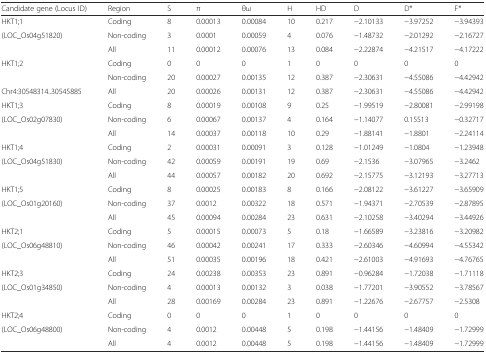
<table><thead><tr><td><b>Candidate gene (Locus ID)</b></td><td><b>Region</b></td><td><b>S</b></td><td><b>π</b></td><td><b>θω</b></td><td><b>H</b></td><td><b>HD</b></td><td><b>D</b></td><td><b>D*</b></td><td><b>F*</b></td></tr></thead><tbody><tr><td>HKT1;1</td><td>Coding</td><td>8</td><td>0.00013</td><td>0.00084</td><td>10</td><td>0.217</td><td>−2.10133</td><td>−3.97252</td><td>−3.94393</td></tr><tr><td rowspan="2">(LOC_Os04g51820)</td><td>Non-coding</td><td>3</td><td>0.0001</td><td>0.00059</td><td>4</td><td>0.076</td><td>−1.48732</td><td>−2.01292</td><td>−2.16727</td></tr><tr><td>All</td><td>11</td><td>0.00012</td><td>0.00076</td><td>13</td><td>0.084</td><td>−2.22874</td><td>−4.21517</td><td>−4.17222</td></tr><tr><td rowspan="2">HKT1;2</td><td>Coding</td><td>0</td><td>0</td><td>0</td><td>1</td><td>0</td><td>0</td><td>0</td><td>0</td></tr><tr><td>Non-coding</td><td>20</td><td>0.00027</td><td>0.00135</td><td>12</td><td>0.387</td><td>−2.30631</td><td>−4.55086</td><td>−4.42942</td></tr><tr><td>Chr4:30548314..30545885</td><td>All</td><td>20</td><td>0.00026</td><td>0.00131</td><td>12</td><td>0.387</td><td>−2.30631</td><td>−4.55086</td><td>−4.42942</td></tr><tr><td>HKT1;3</td><td>Coding</td><td>8</td><td>0.00019</td><td>0.00108</td><td>9</td><td>0.25</td><td>−1.99519</td><td>−2.80081</td><td>−2.99198</td></tr><tr><td rowspan="2">(LOC_Os02g07830)</td><td>Non-coding</td><td>6</td><td>0.00067</td><td>0.00137</td><td>4</td><td>0.164</td><td>−1.14077</td><td>0.15513</td><td>−0.32717</td></tr><tr><td>All</td><td>14</td><td>0.00037</td><td>0.00118</td><td>10</td><td>0.29</td><td>−1.88141</td><td>−1.8801</td><td>−2.24114</td></tr><tr><td>HKT1;4</td><td>Coding</td><td>2</td><td>0.00031</td><td>0.00091</td><td>3</td><td>0.128</td><td>−1.01249</td><td>−1.0804</td><td>−1.23948</td></tr><tr><td rowspan="2">(LOC_Os04g51830)</td><td>Non-coding</td><td>42</td><td>0.00059</td><td>0.00191</td><td>19</td><td>0.69</td><td>−2.1536</td><td>−3.07965</td><td>−3.2462</td></tr><tr><td>All</td><td>44</td><td>0.00057</td><td>0.00182</td><td>20</td><td>0.692</td><td>−2.15775</td><td>−3.12193</td><td>−3.27713</td></tr><tr><td>HKT1;5</td><td>Coding</td><td>8</td><td>0.00025</td><td>0.00183</td><td>8</td><td>0.166</td><td>−2.08122</td><td>−3.61227</td><td>−3.65909</td></tr><tr><td rowspan="2">(LOC_Os01g20160)</td><td>Non-coding</td><td>37</td><td>0.0012</td><td>0.00322</td><td>18</td><td>0.571</td><td>−1.94371</td><td>−2.70539</td><td>−2.87895</td></tr><tr><td>All</td><td>45</td><td>0.00094</td><td>0.00284</td><td>23</td><td>0.631</td><td>−2.10258</td><td>−3.40294</td><td>−3.44926</td></tr><tr><td>HKT2;1</td><td>Coding</td><td>5</td><td>0.00015</td><td>0.00073</td><td>5</td><td>0.18</td><td>−1.66589</td><td>−3.23816</td><td>−3.20982</td></tr><tr><td rowspan="2">(LOC_Os06g48810)</td><td>Non-coding</td><td>46</td><td>0.00042</td><td>0.00241</td><td>17</td><td>0.333</td><td>−2.60346</td><td>−4.60994</td><td>−4.55342</td></tr><tr><td>All</td><td>51</td><td>0.00035</td><td>0.00196</td><td>18</td><td>0.421</td><td>−2.61003</td><td>−4.91693</td><td>−4.76765</td></tr><tr><td>HKT2;3</td><td>Coding</td><td>24</td><td>0.00238</td><td>0.00353</td><td>23</td><td>0.891</td><td>−0.96284</td><td>−1.72038</td><td>−1.71118</td></tr><tr><td rowspan="2">(LOC_Os01g34850)</td><td>Non-coding</td><td>4</td><td>0.00013</td><td>0.00132</td><td>3</td><td>0.038</td><td>−1.77201</td><td>−3.90552</td><td>−3.78567</td></tr><tr><td>All</td><td>28</td><td>0.00169</td><td>0.00284</td><td>23</td><td>0.891</td><td>−1.22676</td><td>−2.67757</td><td>−2.5308</td></tr><tr><td>HKT2;4</td><td>Coding</td><td>0</td><td>0</td><td>0</td><td>1</td><td>0</td><td>0</td><td>0</td><td>0</td></tr><tr><td rowspan="2">(LOC_Os06g48800)</td><td>Non-coding</td><td>4</td><td>0.0012</td><td>0.00448</td><td>5</td><td>0.198</td><td>−1.44156</td><td>−1.48409</td><td>−1.72999</td></tr><tr><td>All</td><td>4</td><td>0.0012</td><td>0.00448</td><td>5</td><td>0.198</td><td>−1.44156</td><td>−1.48409</td><td>−1.72999</td></tr></tbody></table>